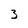
Character: 3